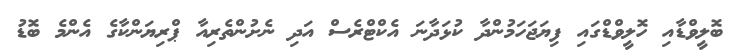
ބޮލީވްޑާއި ހޮލީވްޑްގައި ފިޔަޖަހަމުންދާ ކުޅަދާނަ އެކްޓްރެސް އަދި ނެށުންތެރިއާ ޕްރިޔަންކާގެ އެންމެ ބޮޑު